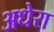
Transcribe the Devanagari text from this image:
अधेरा